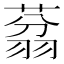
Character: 𱻜